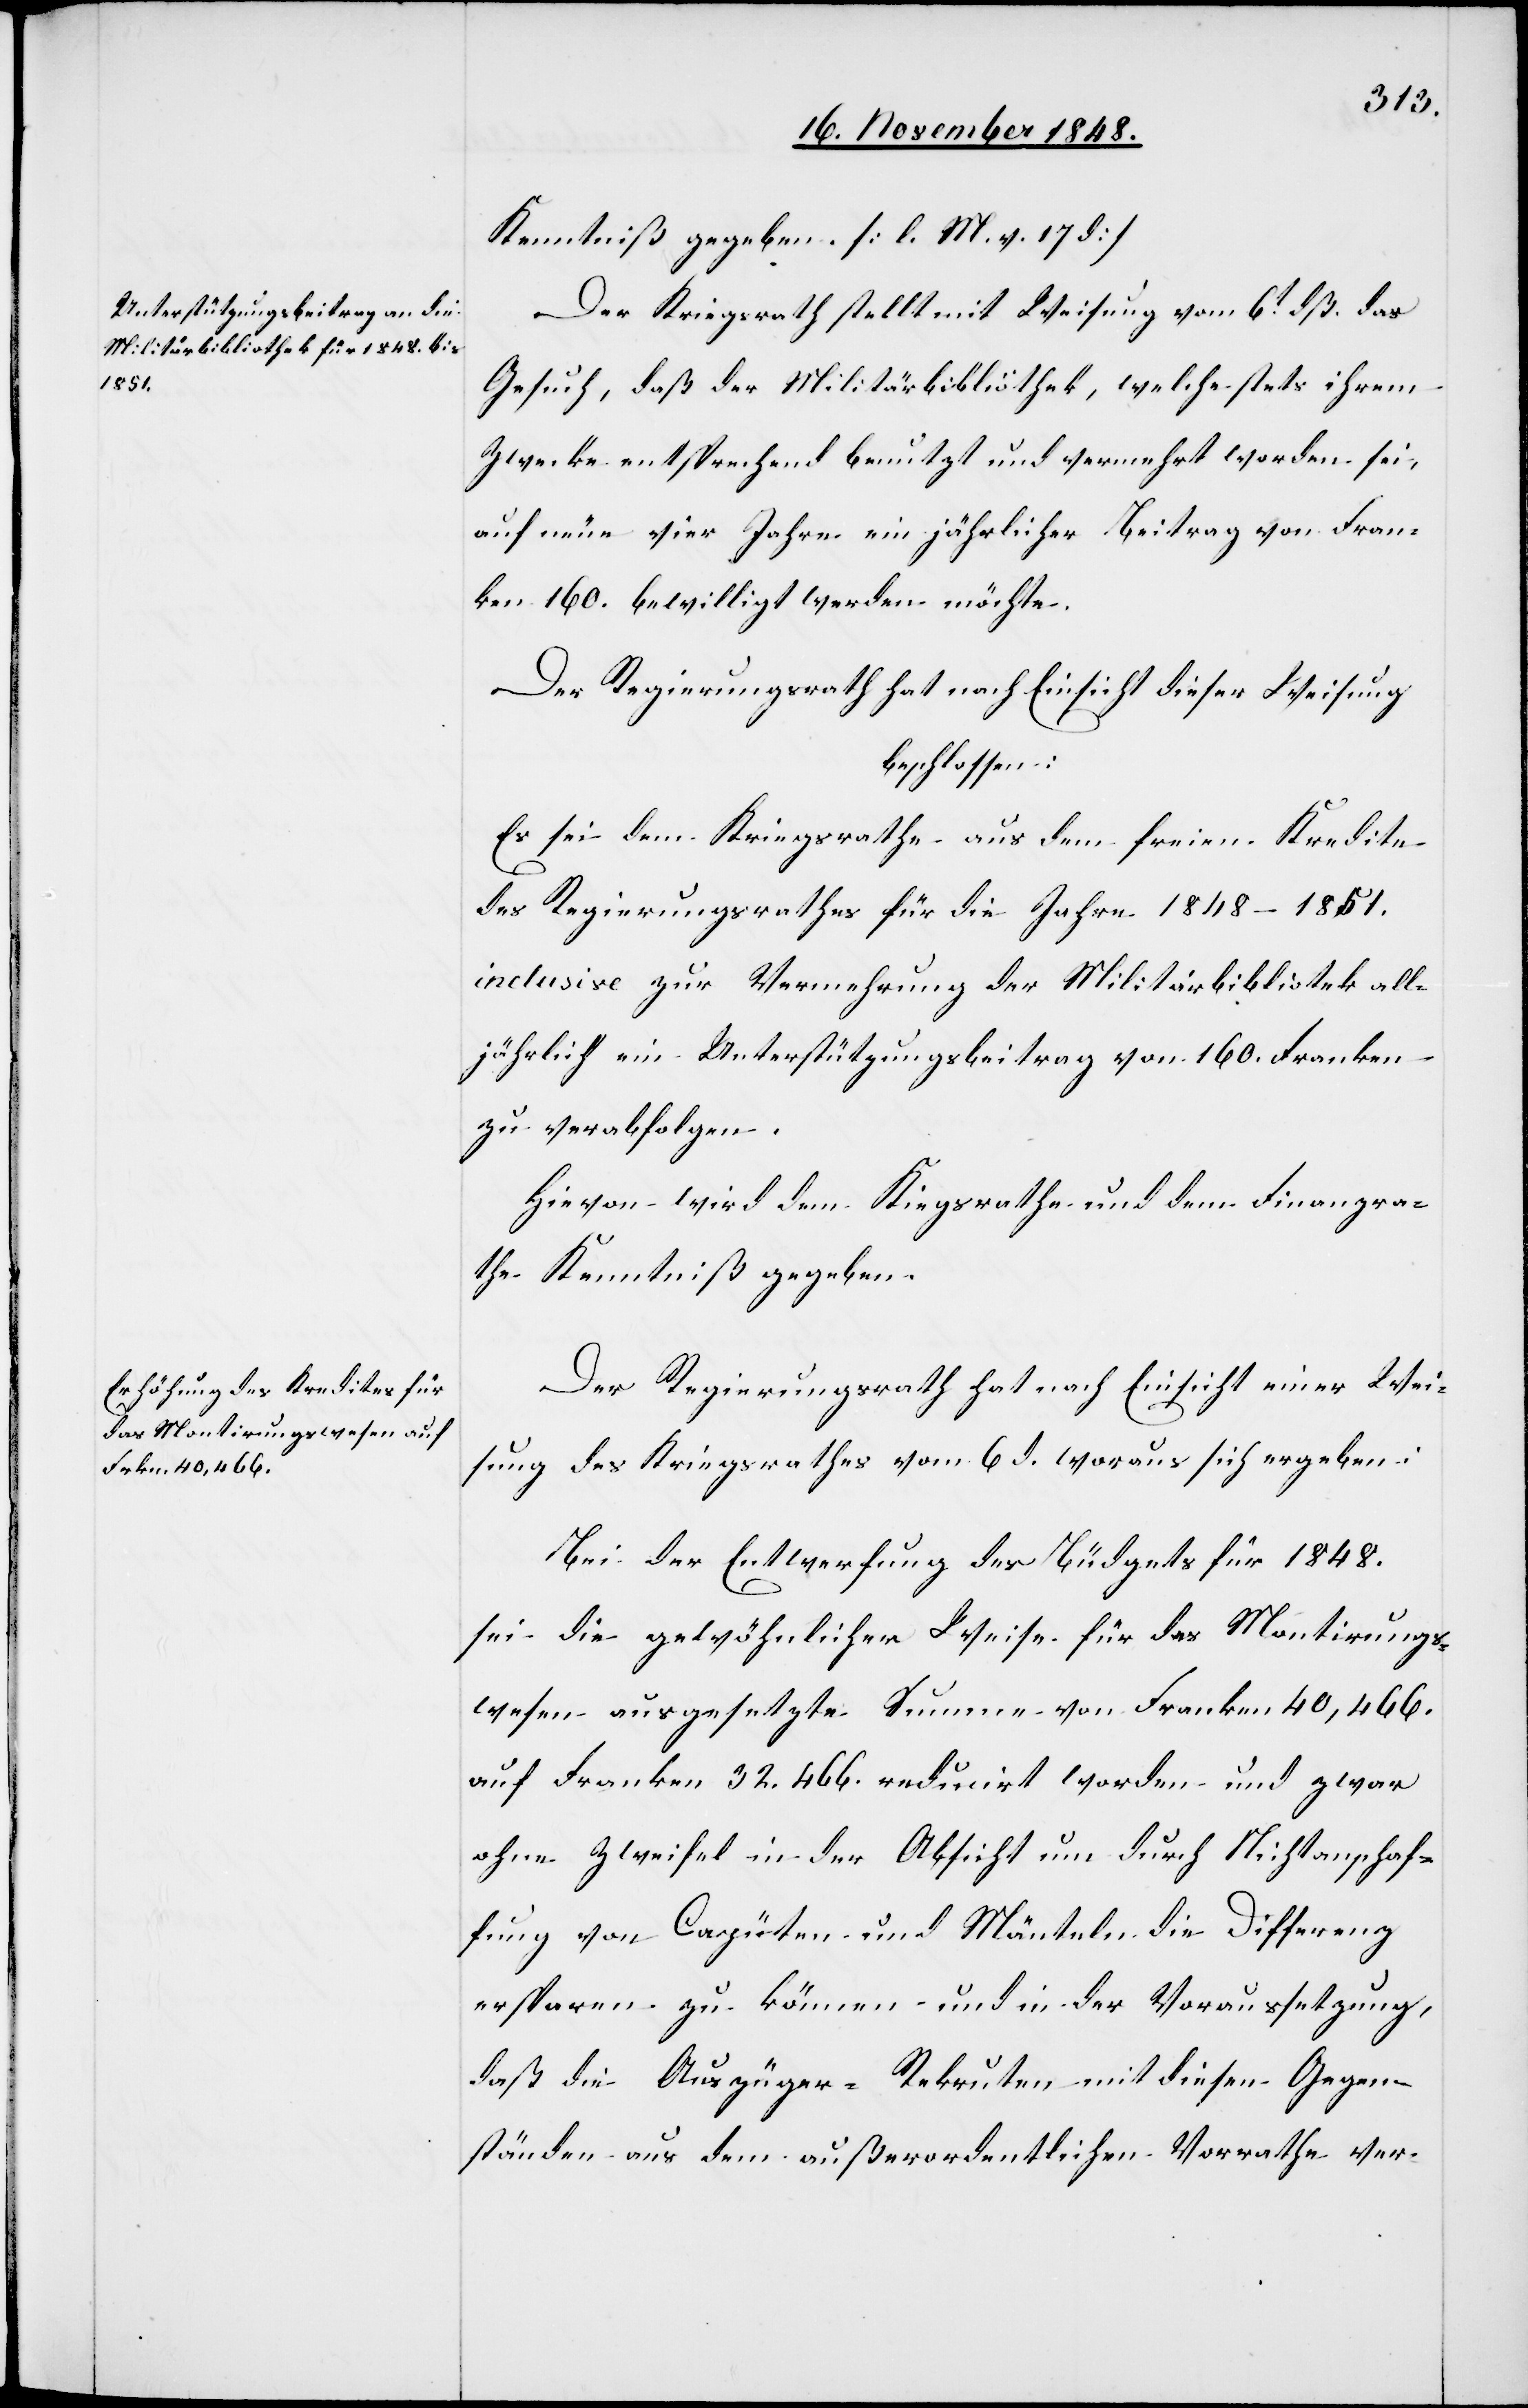
Kenntniß gegeben. [l. M. v. 17. d]
Der Kriegsrath stellt mit Weisung vom 6t dß. das
Gesuch, daß der Militärbibliothek, welche stets ihrem
Zwecke entsprechend benutzt und vermehrt worden sei,
auf neue vier Jahre ein jährlicher Beitrag von Fran¬
ken 160. bewilligt werden möchte.
Der Regierungsrath hat nach Einsicht dieser Weisung
beschlossen:
Es sei dem Kriegsrathe aus dem freien Kredite
des Regierungsrathes für die Jahre 1848–1851.
inclusive zur Vermehrung der Militärbibliothek all¬
jährlich ein Unterstützungsbeitrag von 160. Franken
zu verabfolgen.
Hievon wird dem Kriegsrathe und dem Finanzra¬
the Kenntniß gegeben.
Der Regierungsrath hat nach Einsicht einer Wei¬
sung des Kriegsrathes vom 6. d. woraus sich ergeben:
Bei der Entwerfung des Büdgets für 1848.
sei die gewöhnlicher Weise für das Montirungs¬
wesen ausgesetzte Summe von Franken 40,466.
auf Franken 32.466. reducirt worden und zwar
ohne Zweifel in der Absicht um durch Nichtanschaf¬
fung von Capüten und Mänteln die Differenz
ersparen zu können und in der Voraussetzung,
daß die Auszüger-Rekruten mit diesen Gegen¬
ständen aus dem außerordentlichen Vorrathe ver-